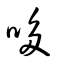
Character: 哆